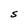
Character: S